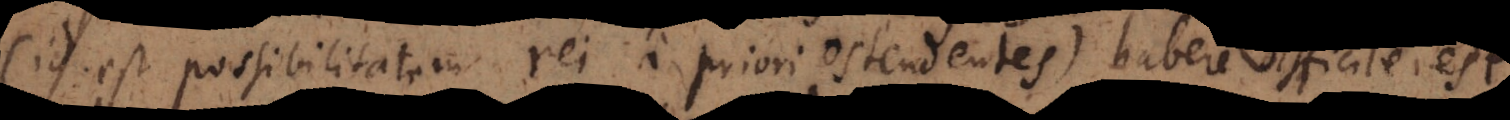
id est possibilitatem rei a priori ostendentes) non habemus